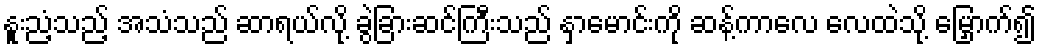
နူးညံ့သည့် အသံသည် ဆာရယ်လို့ ခွဲခြားဆင်ကြီးသည် နှာမောင်းကို ဆန့်ကာလေ လေထဲသို့ မြှောက်၍